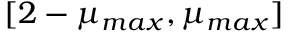
[ 2 - \mu _ { m a x } , \mu _ { m a x } ]